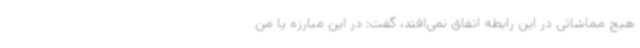
هیچ مماشاتی در این رابطه اتفاق نمی‌افتد، گفت: در این مبارزه یا من